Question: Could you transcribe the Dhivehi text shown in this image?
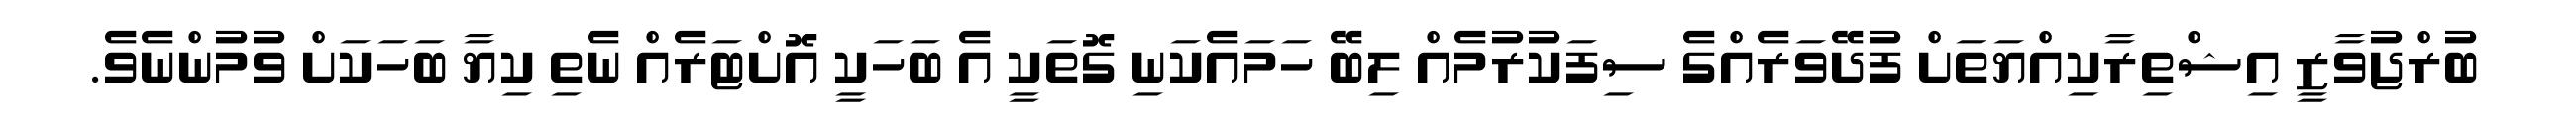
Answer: ބުރްޖުވާޒީ އިޝްތިރާކިއްޔަތަށް ފުދޭވަރެއްގެ ސިފަކުރުމެއް ލިބޭ ހަމައެކަނި ގޮތަކީ އެ ބަހަކީ އޮށްޓަރެއް ނެތި ކިޔާ ބަހަކަށް ވުމުންނެވެ.